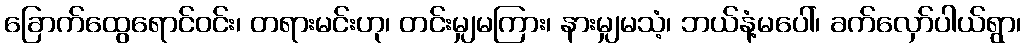
ခြောက်ထွေရောင်ဝင်း၊ တရားမင်းဟု၊ တင်းမျှမကြား၊ နားမျှမသံ့၊ ဘယ်နံ့မပေါ်၊ ခက်လှော်ပါယ်ရွာ၊